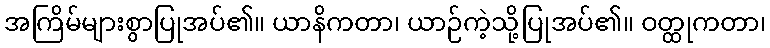
အကြိမ်များစွာပြုအပ်၏။ ယာနိကတာ၊ ယာဉ်ကဲ့သို့ပြုအပ်၏။ ဝတ္ထုကတာ၊